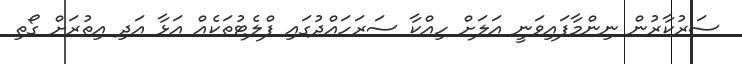
ސަރުކާރުން ނިންމާފައިވަނީ އަލަށް ހިއްކާ ސަރަހައްދުގައި ފްލެޓުތަކެއް އަޅާ އަދި އިތުރަށް ގޯތި